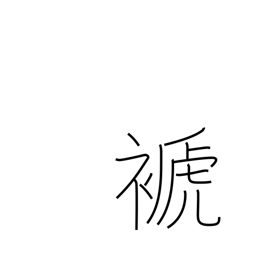
Meaning: rob